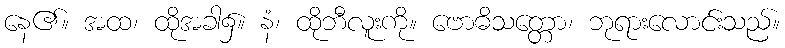
နေ၏။ အထ၊ ထိုအခါ၌။ နံ၊ ထိုဘီလူးကို။ ဗောဓိသတ္တော၊ ဘုရားလောင်းသည်။